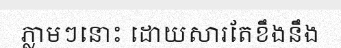
ភ្លាមៗនោះ ដោយសារតែខឹងនឹង